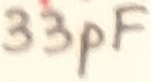
Text: 33pF